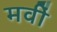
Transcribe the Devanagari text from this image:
मवीं